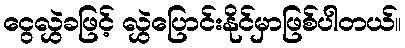
ငွေလွှဲခဖြင့် လွှဲပြောင်းနိုင်မှာဖြစ်ပါတယ်။